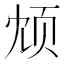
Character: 𫖫